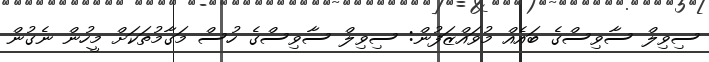
ސިވިލް ސާވިސްގެ ބައެއް މުވައްޒަފުން: ސިވިލް ސާވިސްގެ ހުސް މަގާމުތަކަށް މީހުން ނެގުން